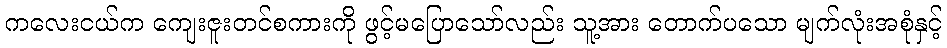
ကလေးငယ်က ကျေးဇူးတင်စကားကို ဖွင့်မပြောသော်လည်း သူ့အား တောက်ပသော မျက်လုံးအစုံနှင့်